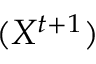
( X ^ { t + 1 } )